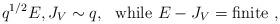
LaTeX: \begin{align*}q^{1/2}E,J_V\sim q,~~{\rm while}~ E-J_V={\rm finite} \ ,\end{align*}